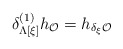
\begin{align*}\delta^{(1)}_{\Lambda[\xi]}h_{\cal O}=h_{\delta_{\xi}{\cal O}}\end{align*}